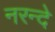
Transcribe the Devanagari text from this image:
नरन्दे